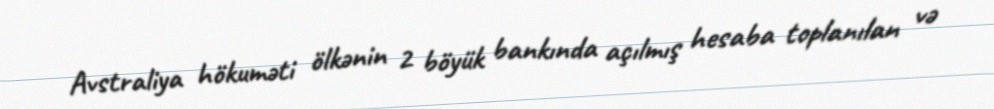
Avstraliya hökuməti ölkənin 2 böyük bankında açılmış hesaba toplanılan və